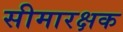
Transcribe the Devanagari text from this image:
सीमारक्षक